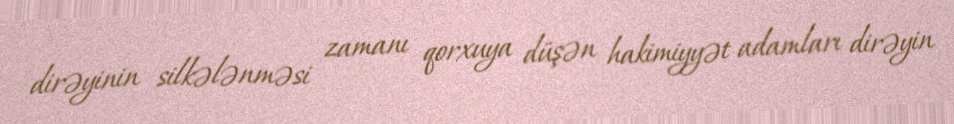
dirəyinin silkələnməsi zamanı qorxuya düşən hakimiyyət adamları dirəyin